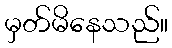
မှတ်မိနေသည်။